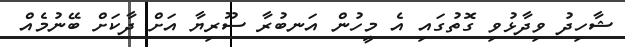
ޝާހިދު ވިދާޅުވި ގޮތުގައި އެ މީހުން އަނބުރާ ސޫރިޔާ އަށް ދާކަށް ބޭނުމެއް